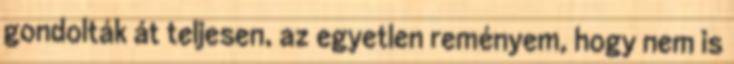
gondolták át teljesen, az egyetlen reményem, hogy nem is